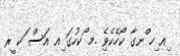
ިއ ިހ ްނގާ ކޯހެކެވެި .މ ޯކހުގަ ިއ އަސް ަކ ީރ